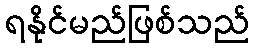
ရနိုင်မည်ဖြစ်သည်